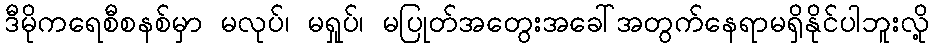
ဒီမိုကရေစီစနစ်မှာ မလုပ်၊ မရှုပ်၊ မပြုတ်အတွေးအခေါ်အတွက်နေရာမရှိနိုင်ပါဘူးလို့